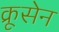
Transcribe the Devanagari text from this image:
क्रूसेन